DOW-UAP-D49, Launch Summary, Vandenberg AFB, 2000
Agency: Department of War
Incident date: 2/3/00
Page 106
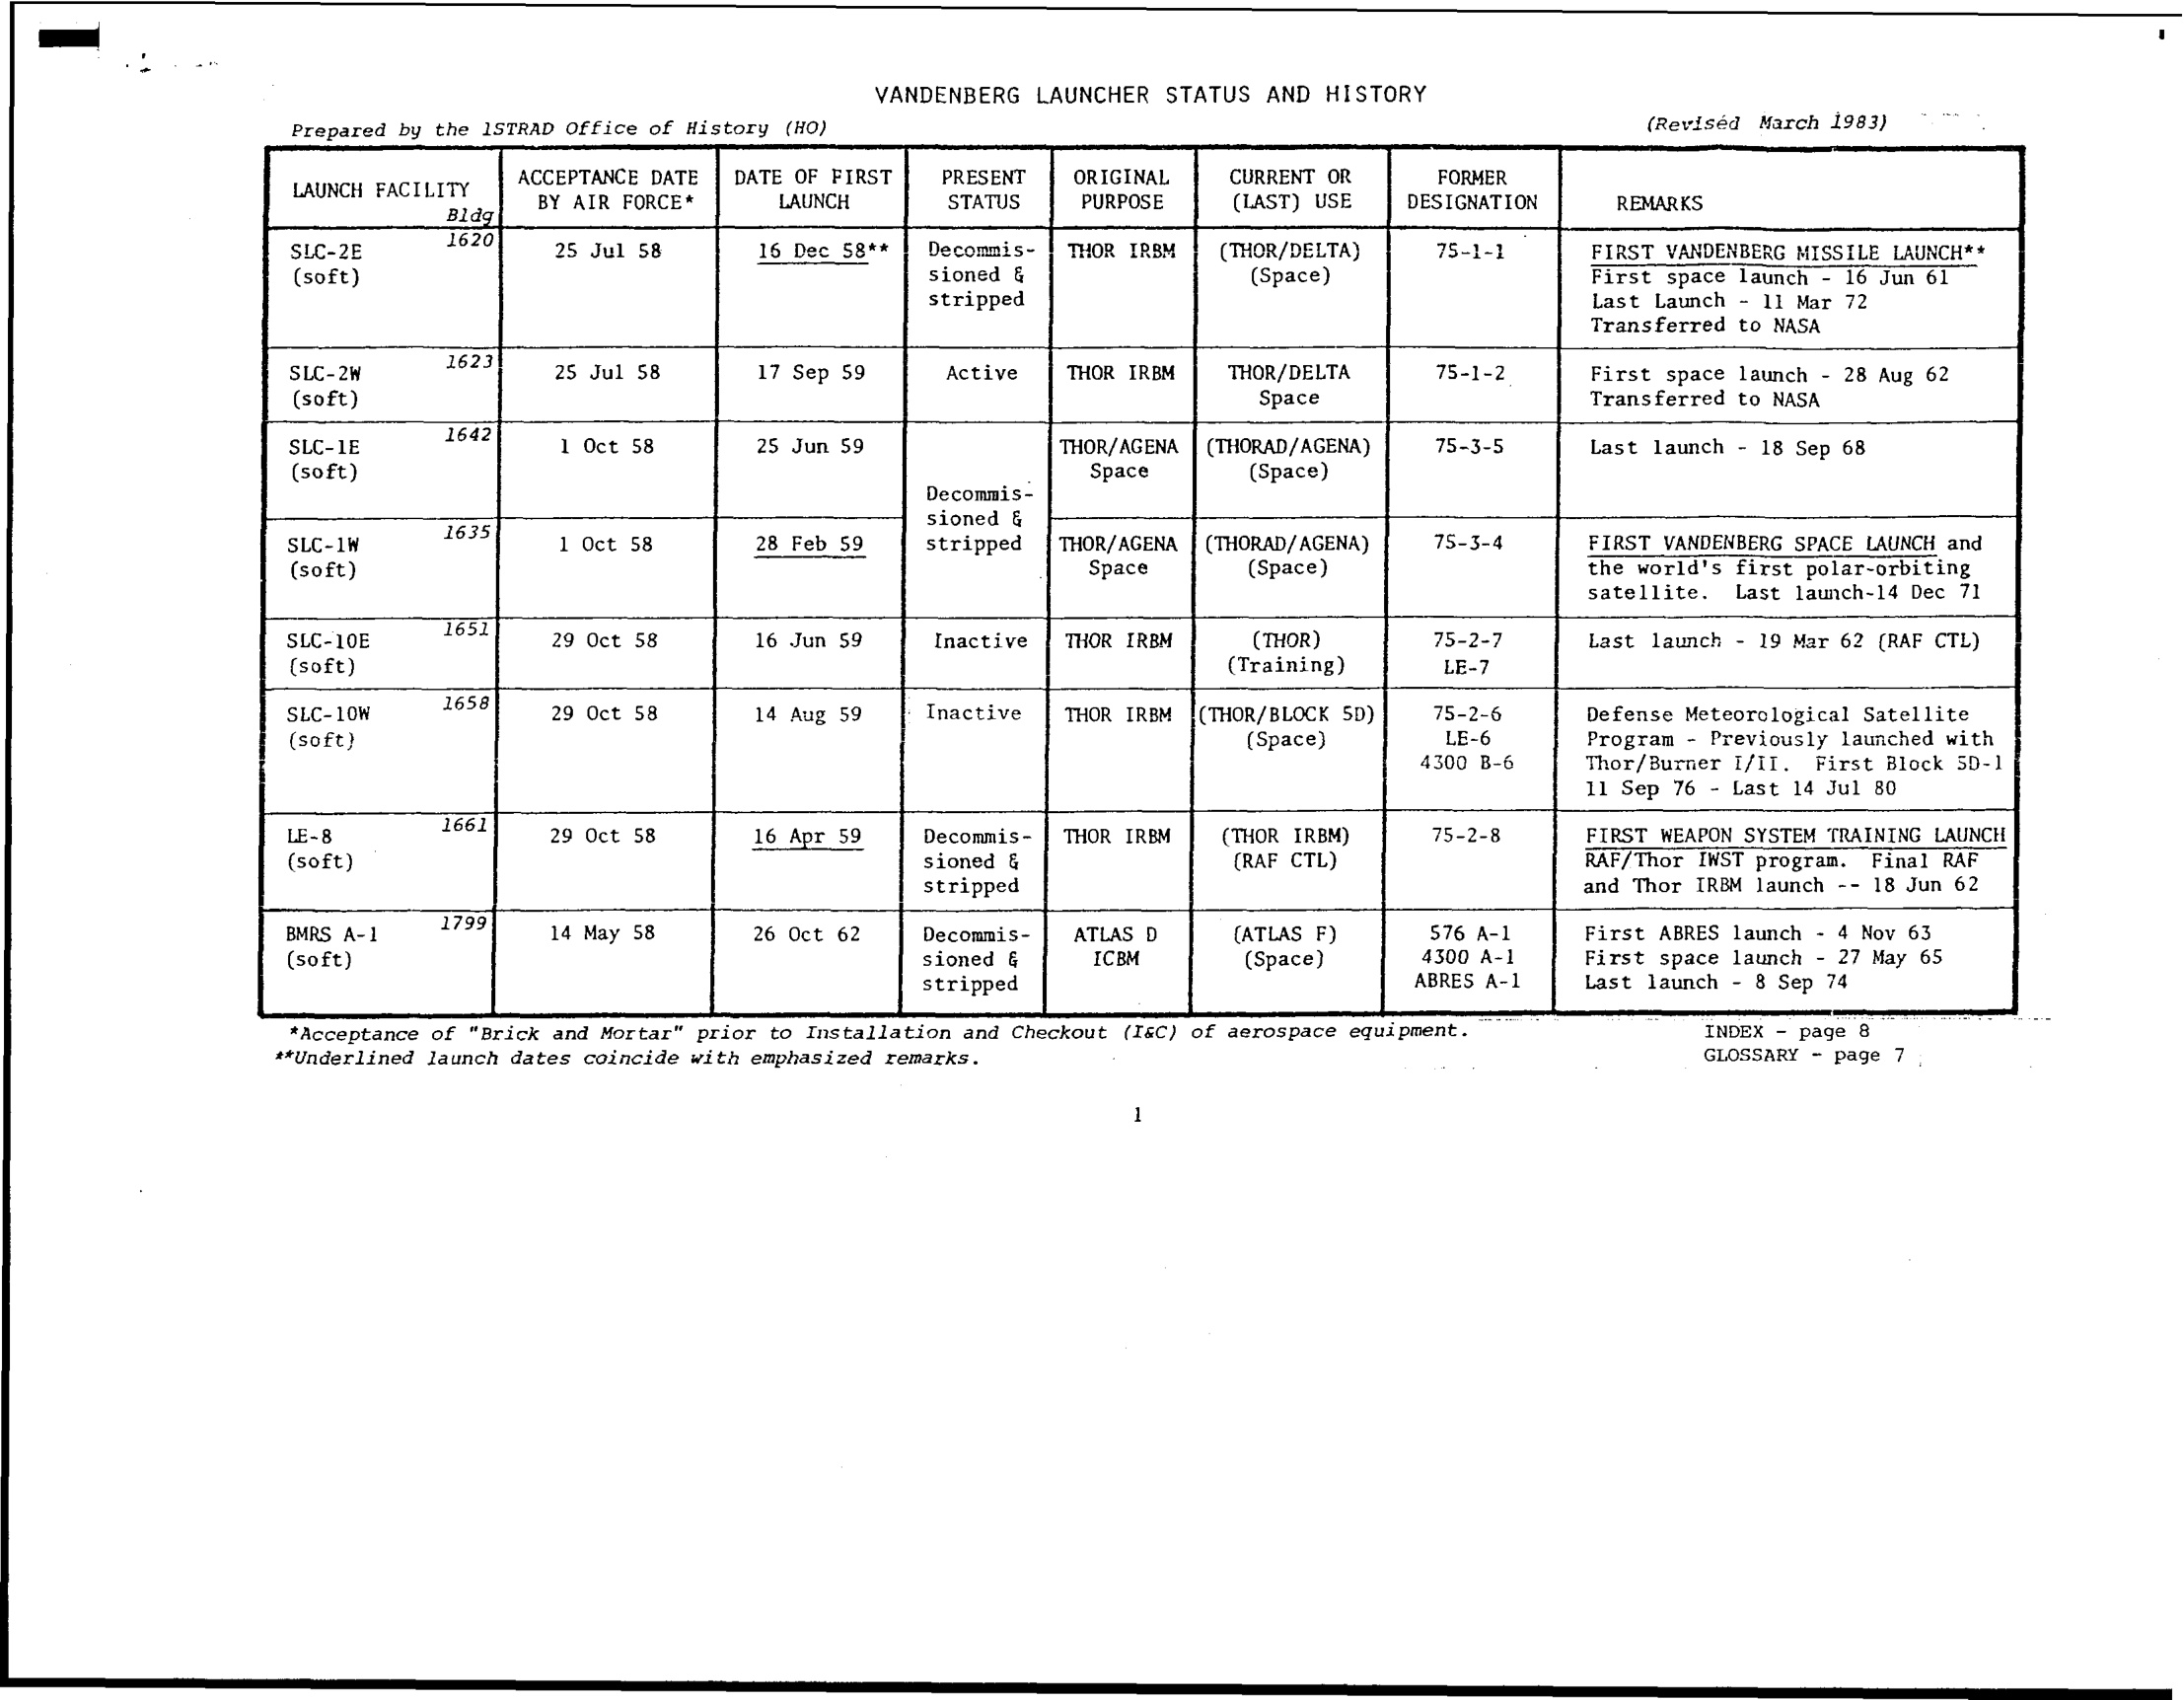